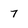
Character: 7